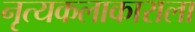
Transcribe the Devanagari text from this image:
नृत्यकलाकाराला